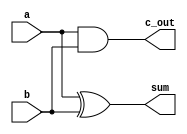
module Halfadder (c_out,sum,a,b);
    input a, b;
    output sum, c_out;
        
    xor #6 H0(sum,a,b);
    and #5 H1(c_out,a,b);
endmodule

module Fulladder (sum,c_out,a,b,c_in);
    input a,b,c_in;
    output sum,c_out;
    wire w1,w2,w3;
    
     Halfadder F0(w2,w1,a,b);
     Halfadder F1(w3,sum,c_in,w1);
     or #5 F2(c_out,w2,w3);
endmodule

module a_m_16_bits_delay_0 (s,c15,v,a,b,m);
    input [15:0]a,b;
    input m;
    output c15,v;
    output [15:0]s;
    wire [15:0]b_out;
    wire [14:0]c;
    
    Fulladder ST0(s[0],c[0],a[0],b_out[0],m);
    Fulladder ST1(s[1],c[1],a[1],b_out[1],c[0]);
    Fulladder ST2(s[2],c[2],a[2],b_out[2],c[1]);
    Fulladder ST3(s[3],c[3],a[3],b_out[3],c[2]);
    Fulladder ST4(s[4],c[4],a[4],b_out[4],c[3]);
    Fulladder ST5(s[5],c[5],a[5],b_out[5],c[4]);
    Fulladder ST6(s[6],c[6],a[6],b_out[6],c[5]);
    Fulladder ST7(s[7],c[7],a[7],b_out[7],c[6]);
    Fulladder ST8(s[8],c[8],a[8],b_out[8],c[7]);
    Fulladder ST9(s[9],c[9],a[9],b_out[9],c[8]);
    Fulladder ST10(s[10],c[10],a[10],b_out[10],c[9]);
    Fulladder ST11(s[11],c[11],a[11],b_out[11],c[10]);
    Fulladder ST12(s[12],c[12],a[12],b_out[12],c[11]);
    Fulladder ST13(s[13],c[13],a[13],b_out[13],c[12]);
    Fulladder ST14(s[14],c[14],a[14],b_out[14],c[13]);
    Fulladder ST15(s[15],c15,a[15],b_out[15],c[14]);
    xor #6 ST16(b_out[0],m,b[0]);
    xor #6 ST17(b_out[1],m,b[1]);
    xor #6 ST18(b_out[2],m,b[2]);
    xor #6 ST19(b_out[3],m,b[3]);
    xor #6 ST20(b_out[4],m,b[4]);
    xor #6 ST21(b_out[5],m,b[5]);
    xor #6 ST22(b_out[6],m,b[6]);
    xor #6 ST23(b_out[7],m,b[7]);
    xor #6 ST24(b_out[8],m,b[8]);
    xor #6 ST25(b_out[9],m,b[9]);
    xor #6 ST26(b_out[10],m,b[10]);
    xor #6 ST27(b_out[11],m,b[11]);
    xor #6 ST28(b_out[12],m,b[12]);
    xor #6 ST29(b_out[13],m,b[13]);
    xor #6 ST30(b_out[14],m,b[14]);
    xor #6 ST31(b_out[15],m,b[15]);
    xor #6 ST32(v,c15,c[14]);
endmodule

module ST_bits();
    wire [15:0] s;
    wire c15,v;
    
    reg m;
    reg [15:0] a,b,ans;
    integer check;
    integer handle_1,i,j,k;
    
    a_m_16_bits_delay_0 STBITS1(s,c15,v,a,b,m);
    
    initial 
    begin
      handle_1=$fopen("delay_time.txt");
      m=0; //ADD
      for(i=0;i<=99;i=i+1)
      begin
        for(j=0;j<=99;j=j+1)
        begin
          check=1'b0;
          a=i;b=j;
          if(!m)
          begin
            m=~m;
            ans=a+b;
          end
          else
          begin
            ans=a-b;
          end
          //------------------------testbench_output---------------------------------------
          for(k=1;k<=500;k=k+1)
          begin
            #1
            if(ans==s)
            begin
              check=check+1;
            end
            else
            begin
              check=0;
            end
              
            if(check==20)
            begin
              $fdisplay(handle_1,"%d  %b",$time-19,s);
            end
          end
        end
      end
    end
    endmodule